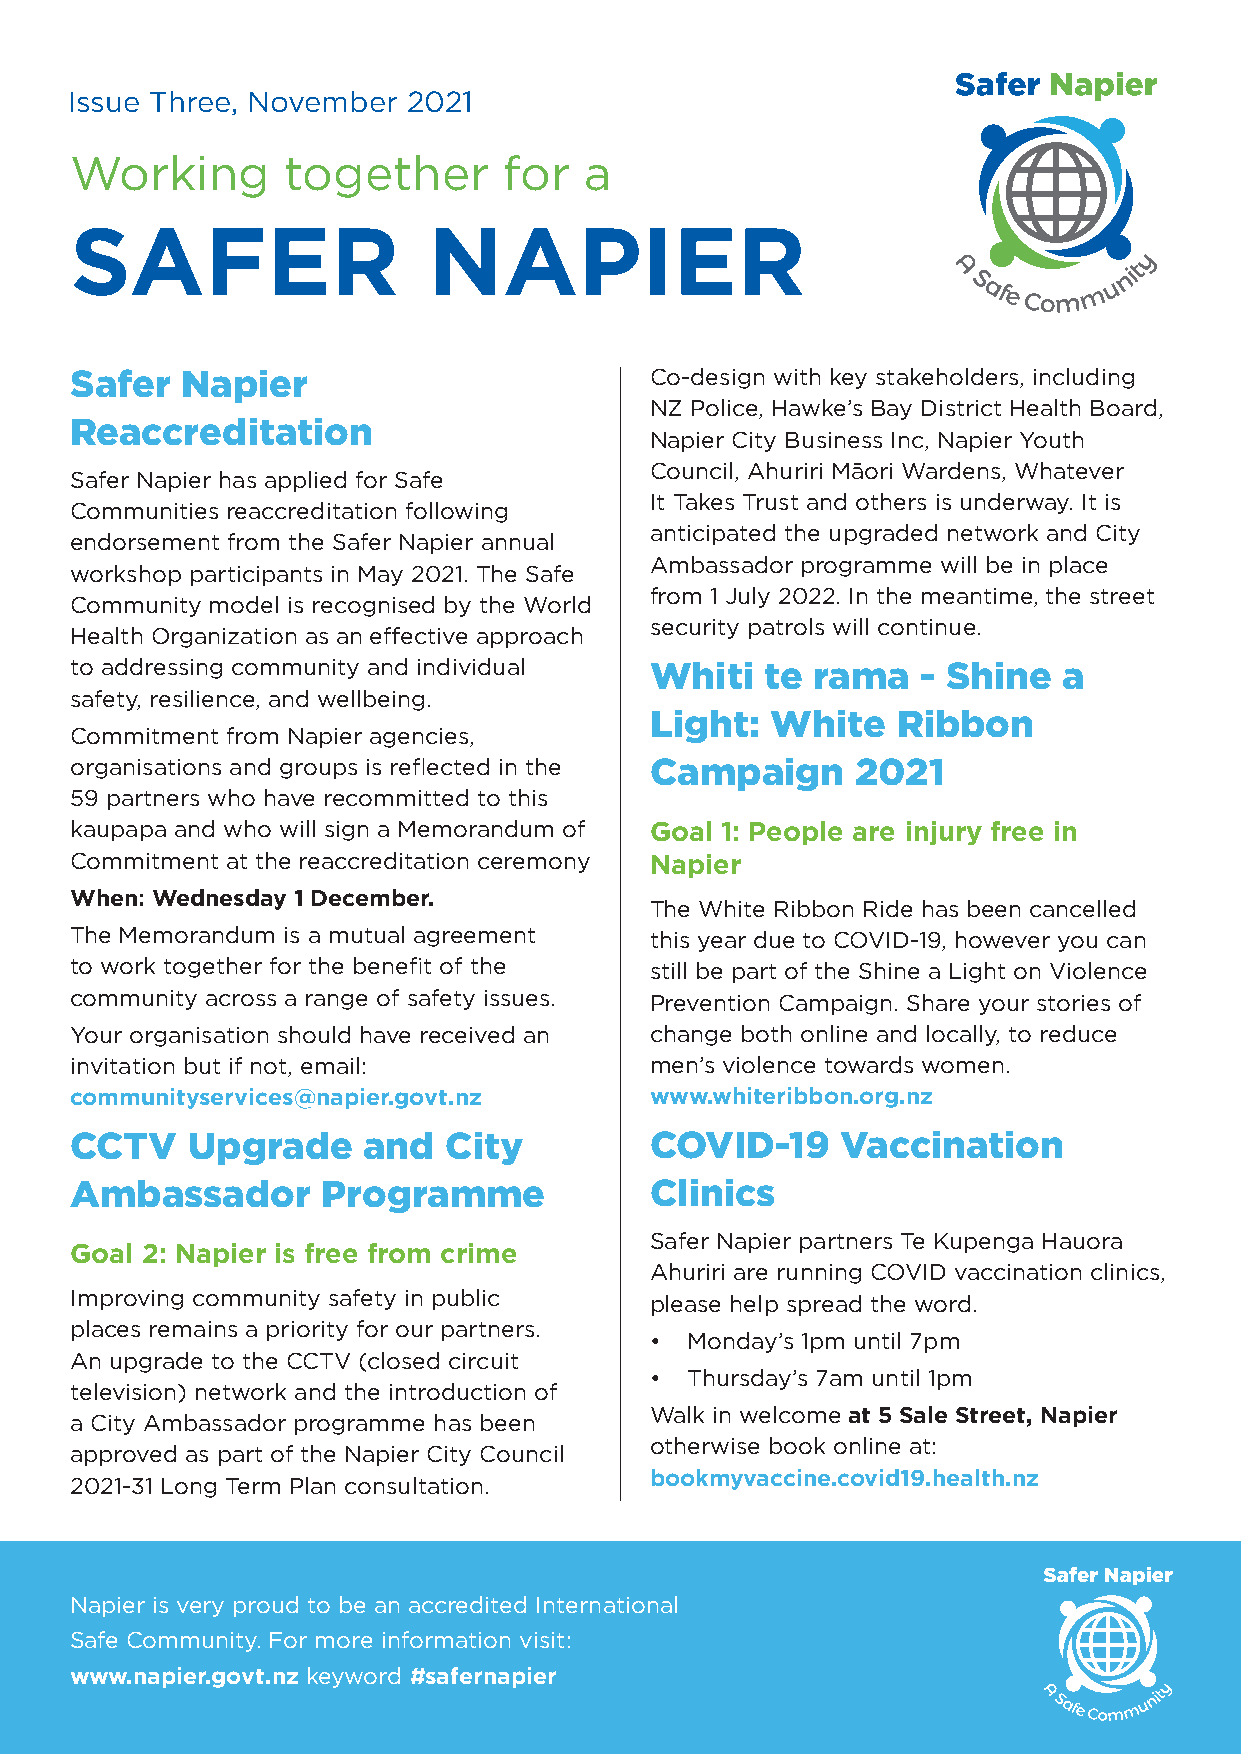
Issue Three, November  2021
 Working       together      for   a
 SAFER                  NAPIER
 Safer  Napier                         Co-design with key stakeholders, including
 NZ Police, Hawke’s Bay District Health Board,
 Reaccreditation
 Napier City Business Inc, Napier Youth
 Council, Ahuriri Māori Wardens, Whatever
 Safer Napier has applied for Safe
 It Takes Trust and others is underway. It is
 Communities reaccreditation following
 anticipated the upgraded network and City
 endorsement from the Safer Napier annual
 Ambassador programme will be in place
 workshop participants in May 2021. The Safe
 from 1 July 2022. In the meantime, the street
 Community model is recognised by the World
 security patrols will continue.
 Health Organization as an effective approach
 to addressing community and individual Whiti  te rama   - Shine  a
 safety, resilience, and wellbeing.
 Light:  White   Ribbon
 Commitment from Napier agencies,
 organisations and groups is reflected in the Campaign 2021
 59 partners who have recommitted to this
 kaupapa and who will sign a Memorandum of Goal 1: People are injury free in
 Commitment at the reaccreditation ceremony Napier
 When: Wednesday 1 December.
 The White Ribbon Ride has been cancelled
 The Memorandum is a mutual agreement  this year due to COVID-19, however you can
 to work together for the benefit of the still be part of the Shine a Light on Violence
 community across a range of safety issues. Prevention Campaign. Share your stories of
 Your organisation should have received an change both online and locally, to reduce
 invitation but if not, email:         men’s violence towards women.
 communityservices@napier.govt.nz      www.whiteribbon.org.nz
 CCTV   Upgrade     and  City          COVID-19     Vaccination
 Ambassador      Programme             Clinics
 Safer Napier partners Te Kupenga Hauora
 Goal 2: Napier is free from crime
 Ahuriri are running COVID vaccination clinics,
 Improving community safety in public  please help spread the word.
 places remains a priority for our partners.
 • Monday’s 1pm until 7pm
 An upgrade to the CCTV (closed circuit
 • Thursday’s 7am until 1pm
 television) network and the introduction of
 Walk in welcome at 5 Sale Street, Napier
 a City Ambassador programme has been
 otherwise book online at:
 approved as part of the Napier City Council
 bookmyvaccine.covid19.health.nz
 2021-31 Long Term Plan consultation.
 Napier is very proud to be an accredited International
 Safe Community. For more information visit:
 www.napier.govt.nz keyword #safernapier